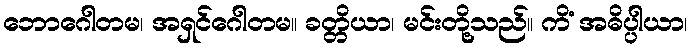
ဘောဂေါတမ၊ အရှင်ဂေါတမ။ ခတ္တိယာ၊ မင်းတို့သည်။ ကိံ အဓိပ္ပါယာ၊